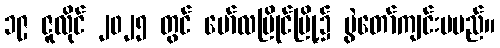
၁၉ ဇူလိုင် ၂၀၂၅ တွင် မော်လမြိုင်မြို့၌ ပွဲတော်ကျင်းပမည်။